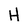
Character: H